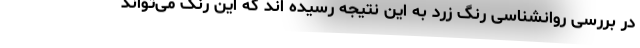
در بررسی روانشناسی رنگ زرد به این نتیجه رسیده اند که این رنگ می‌تواند